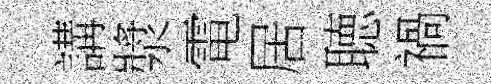
講漿電居聴禍